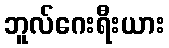
ဘူလ်ဂေးရီးယား